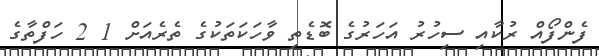
ފެންފޯއް ރުކާއި ސިހުރު އަހަރުގެ ބޮޑެތި ވާހަކަތަކުގެ ތެރެއަށް 1 2 ހަފްތާގެ